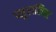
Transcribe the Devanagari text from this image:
प्लुरालिस्ट